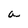
Character: a